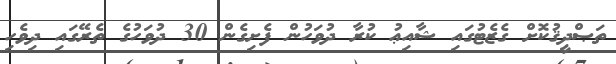
ތަޞްދީޤުކޮށް ގެޒެޓުގައި ޝާއިޢު ކުރާ ދުވަހުން ފެށިގެން 30 ދުވަހުގެ ތެރޭގައި ދިވެހި